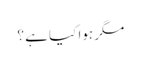
مگر ہوا کیا ہے ؟